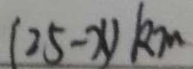
( 2 5 - x ) k m